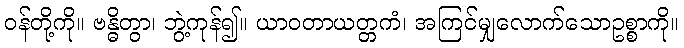
ဝန်တို့ကို။ ဗန္ဓိတွာ၊ ဘွဲ့ကုန်၍။ ယာဝတာယတ္တကံ၊ အကြင်မျှလောက်သောဥစ္စာကို။